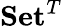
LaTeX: \mathbf{Set}^{T}